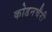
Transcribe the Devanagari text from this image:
कोडनचैरी